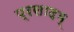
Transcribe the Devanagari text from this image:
प्रसादम्